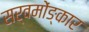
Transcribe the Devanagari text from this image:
सर्वमोंङ्कार